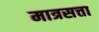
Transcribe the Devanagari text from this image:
मात्रसत्ता